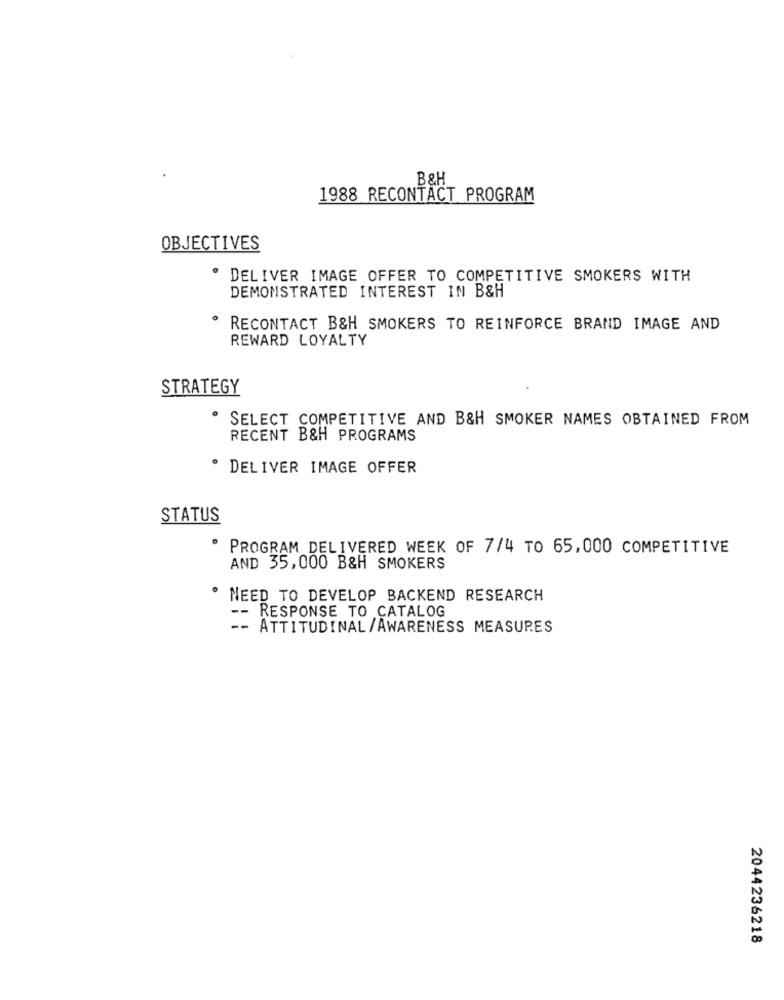
B&H
1988 RECONTACT PROGRAM
OBJECTIVES
· DELIVER IMAGE OFFER TO COMPETITIVE SMOKERS WITH
DEMONSTRATED INTEREST IN B&H
RECONTACT B&H SMOKERS TO REINFORCE BRAND IMAGE AND
REWARD LOYALTY
STRATEGY
SELECT COMPETITIVE AND B&H SMOKER NAMES OBTAINED FROM
RECENT B&H PROGRAMS
· DELIVER IMAGE OFFER
STATUS
PROGRAM DELIVERED WEEK OF 7/4 TO 65,000 COMPETITIVE
AND 35,000 B&H SMOKERS
· NEED TO DEVELOP BACKEND RESEARCH
-- RESPONSE TO CATALOG
- ATTITUDINAL /AWARENESS MEASURES
2044236218